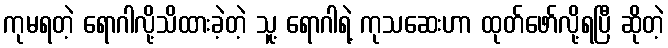
ကုမရတဲ့ ရောဂါလို့သိထားခဲ့တဲ့ သူ့ ရောဂါရဲ့ ကုသဆေးဟာ ထုတ်ဖော်လို့ရပြီ ဆိုတဲ့